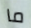
ما